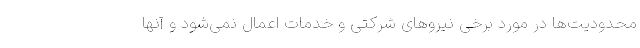
محدودیت‌ها در مورد برخی نیروهای شرکتی و خدمات اعمال نمی‌شود و آنها